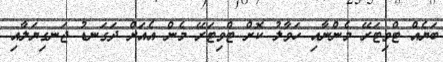
ބަޔެއް ޓްވިޓަރޭ މެންނާއި ހަވާލު ކޮށް ޓްވިޓަރޭ މެން އެއަށް ދަގަނޑު ޖަނގިޔަލާއި